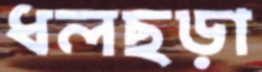
ধলছড়া